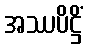
အဿပိဋ္ဌိံ